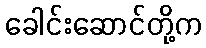
ခေါင်းဆောင်တို့က